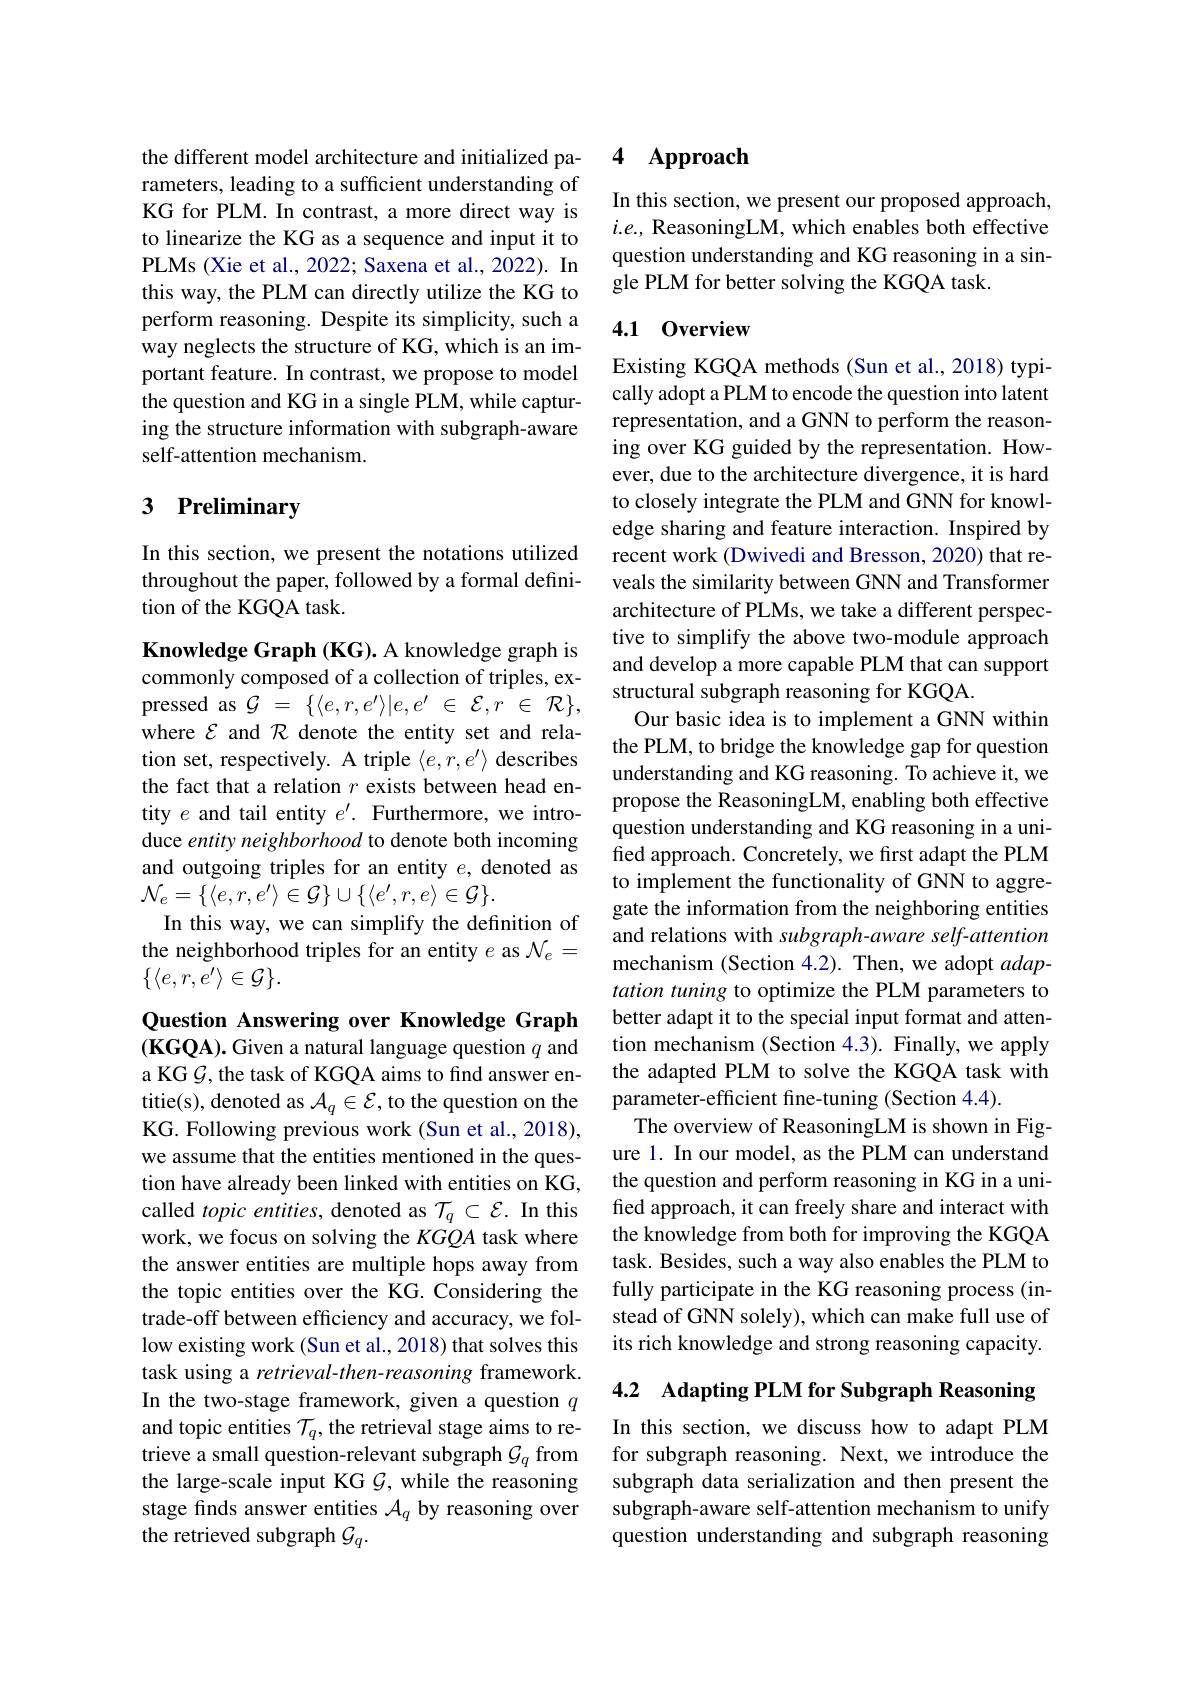
the different model architecture and initialized parameters, leading to a sufficient understanding of KG for PLM. In contrast, a more direct way is to linearize the KG as a sequence and input it to PLMs (Xie et al., 2022; Saxena et al., 2022). In this way, the PLM can directly utilize the KG to perform reasoning. Despite its simplicity, such a way neglects the structure of KG, which is an important feature. In contrast, we propose to model the question and KG in a single PLM, while capturing the structure information with subgraph-aware self-attention mechanism.

# 3 Preliminary

In this section, we present the notations utilized throughout the paper, followed by a formal definition of the KGQA task.

Knowledge Graph (KG). A knowledge graph is commonly composed of a collection of triples, expressed as $\mathcal{G}$ = $\{ \langle e, r, e^{\prime }\rangle | e, e^{\prime }$ $\in$ $\mathcal{E} , r$ $\in$ $\mathcal{R} \} $, where $\mathcal{E}$ and $\mathcal{R}$ denote the entity set and relation set, respectively. A triple $\langle e,r,e^{\prime}\rangle$ describes the fact that a relation $r$ exists between head entity $e$ and tail entity $e^\prime.$ Furthermore, we introduce entity neighborhood to denote both incoming and outgoing triples for an entity $e$, denoted as $\mathcal{N}_e=\{\langle e,r,e'\rangle\in\mathcal{G}\}\cup\{\langle e',r,e\rangle\in\mathcal{G}\}.$
In this way, we can simplify the definition of the neighborhood triples for an entity $e$ as $\mathcal{N}_e=$ $\{\langle e,r,e^{\prime}\rangle\in\mathcal{G}\}.$

Question Answering over Knowledge Graph (KGQA). Given a natural language question $q$ and a KG $\mathcal{G}$, the task of KGQA aims to find answer entitie(s), denoted as $\mathcal{A}_q\in\mathcal{E}$, to the question on the KG. Following previous work (Sun et al., 2018), we assume that the entities mentioned in the question have already been linked with entities on KG, called topic entities, denoted as $\mathcal{T}_q\subset\mathcal{E}.$ In this work, we focus on solving the $KGQA$ task where the answer entities are multiple hops away from the topic entities over the KG. Considering the trade-off between efficiency and accuracy, we follow existing work (Sun et al., 2018) that solves this task using a retrieval-then-reasoning framework. In the two-stage framework, given a question $q$ and topic entities $\mathcal{T}_q$, the retrieval stage aims to retrieve a small question-relevant subgraph $\mathcal{G}_q$ from the large-scale input KG $\mathcal{G}$, while the reasoning stage finds answer entities $\mathcal{A}_q$ by reasoning over the retrieved subgraph $\mathcal{G}_q.$

### 4 $\mathbf{Approach}$

In this section, we present our proposed approach, $i.e.$, ReasoningLM, which enables both effective question understanding and KG reasoning in a single PLM for better solving the KGQA task.

## 4.1 0verview

Existing KGQA methods (Sun et al., 2018) typically adopt a PLM to encode the question into latent representation, and a GNN to perform the reasoning over KG guided by the representation. However, due to the architecture divergence, it is hard to closely integrate the PLM and GNN for knowledge sharing and feature interaction. Inspired by recent work (Dwivedi and Bresson, 2020) that reveals the similarity between GNN and Transformer architecture of PLMs, we take a different perspective to simplify the above two-module approach and develop a more capable PLM that can support structural subgraph reasoning for KGQA
Our basic idea is to implement a GNN within the PLM, to bridge the knowledge gap for question understanding and KG reasoning. To achieve it, we propose the ReasoningLM, enabling both effective question understanding and KG reasoning in a unified approach. Concretely, we first adapt the PLM to implement the functionality of GNN to aggregate the information from the neighboring entities and relations with subgraph-aware self-attention mechanism (Section 4.2). Then, we adopt $adap-$ tation tuning to optimize the PLM parameters to better adapt it to the special input format and attention mechanism (Section 4.3). Finally, we apply the adapted PLM to solve the KGQA task with parameter-efficient fine-tuning (Section 4.4).
The overview of ReasoningLM is shown in Figure 1. In our model, as the PLM can understand the question and perform reasoning in KG in a unified approach, it can freely share and interact with the knowledge from both for improving the KGQA task. Besides, such a way also enables the PLM to fully participate in the KG reasoning process (instead of GNN solely), which can make full use of its rich knowledge and strong reasoning capacity.

4.2 Adapting PLM for Subgraph Reasoning

In this section, we discuss how to adapt PLM for subgraph reasoning. Next, we introduce the subgraph data serialization and then present the subgraph-aware self-attention mechanism to unify question understanding and subgraph reasoning